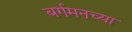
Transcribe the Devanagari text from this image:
बर्गमनच्या